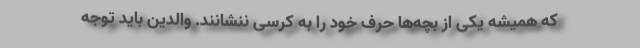
که همیشه یکی از بچه‌ها حرف خود را به کرسی ننشانند. والدین باید توجه